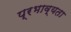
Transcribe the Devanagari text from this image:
प्रभाव्यता